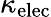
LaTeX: \kappa_{\mathrm{elec}}